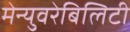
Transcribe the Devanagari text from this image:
मेन्युवरेबिलिटी